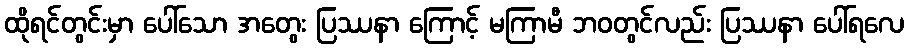
ထိုရင်တွင်းမှာ ပေါ်သော အတွေး ပြဿနာ ကြောင့် မကြာမီ ဘဝတွင်လည်း ပြဿနာ ပေါ်ရလေ